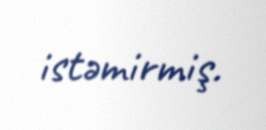
istəmirmiş.